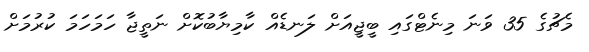
މެޗުގެ 35 ވަނަ މިނެޓްގައި ބީޖީއަށް ލަނޑެއް ކާމިޔާބުކޮށް ނަތީޖާ ހަމަހަމަ ކުރުމަށް